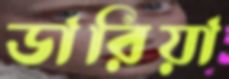
ডারিয়া